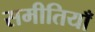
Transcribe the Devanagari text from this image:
समीतियाँ